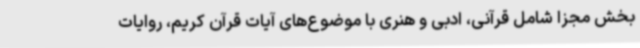
بخش مجزا شامل قرآنی، ادبی و هنری با موضوع‌های آیات قرآن کریم، روایات